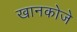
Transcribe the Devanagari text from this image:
खानकोजे